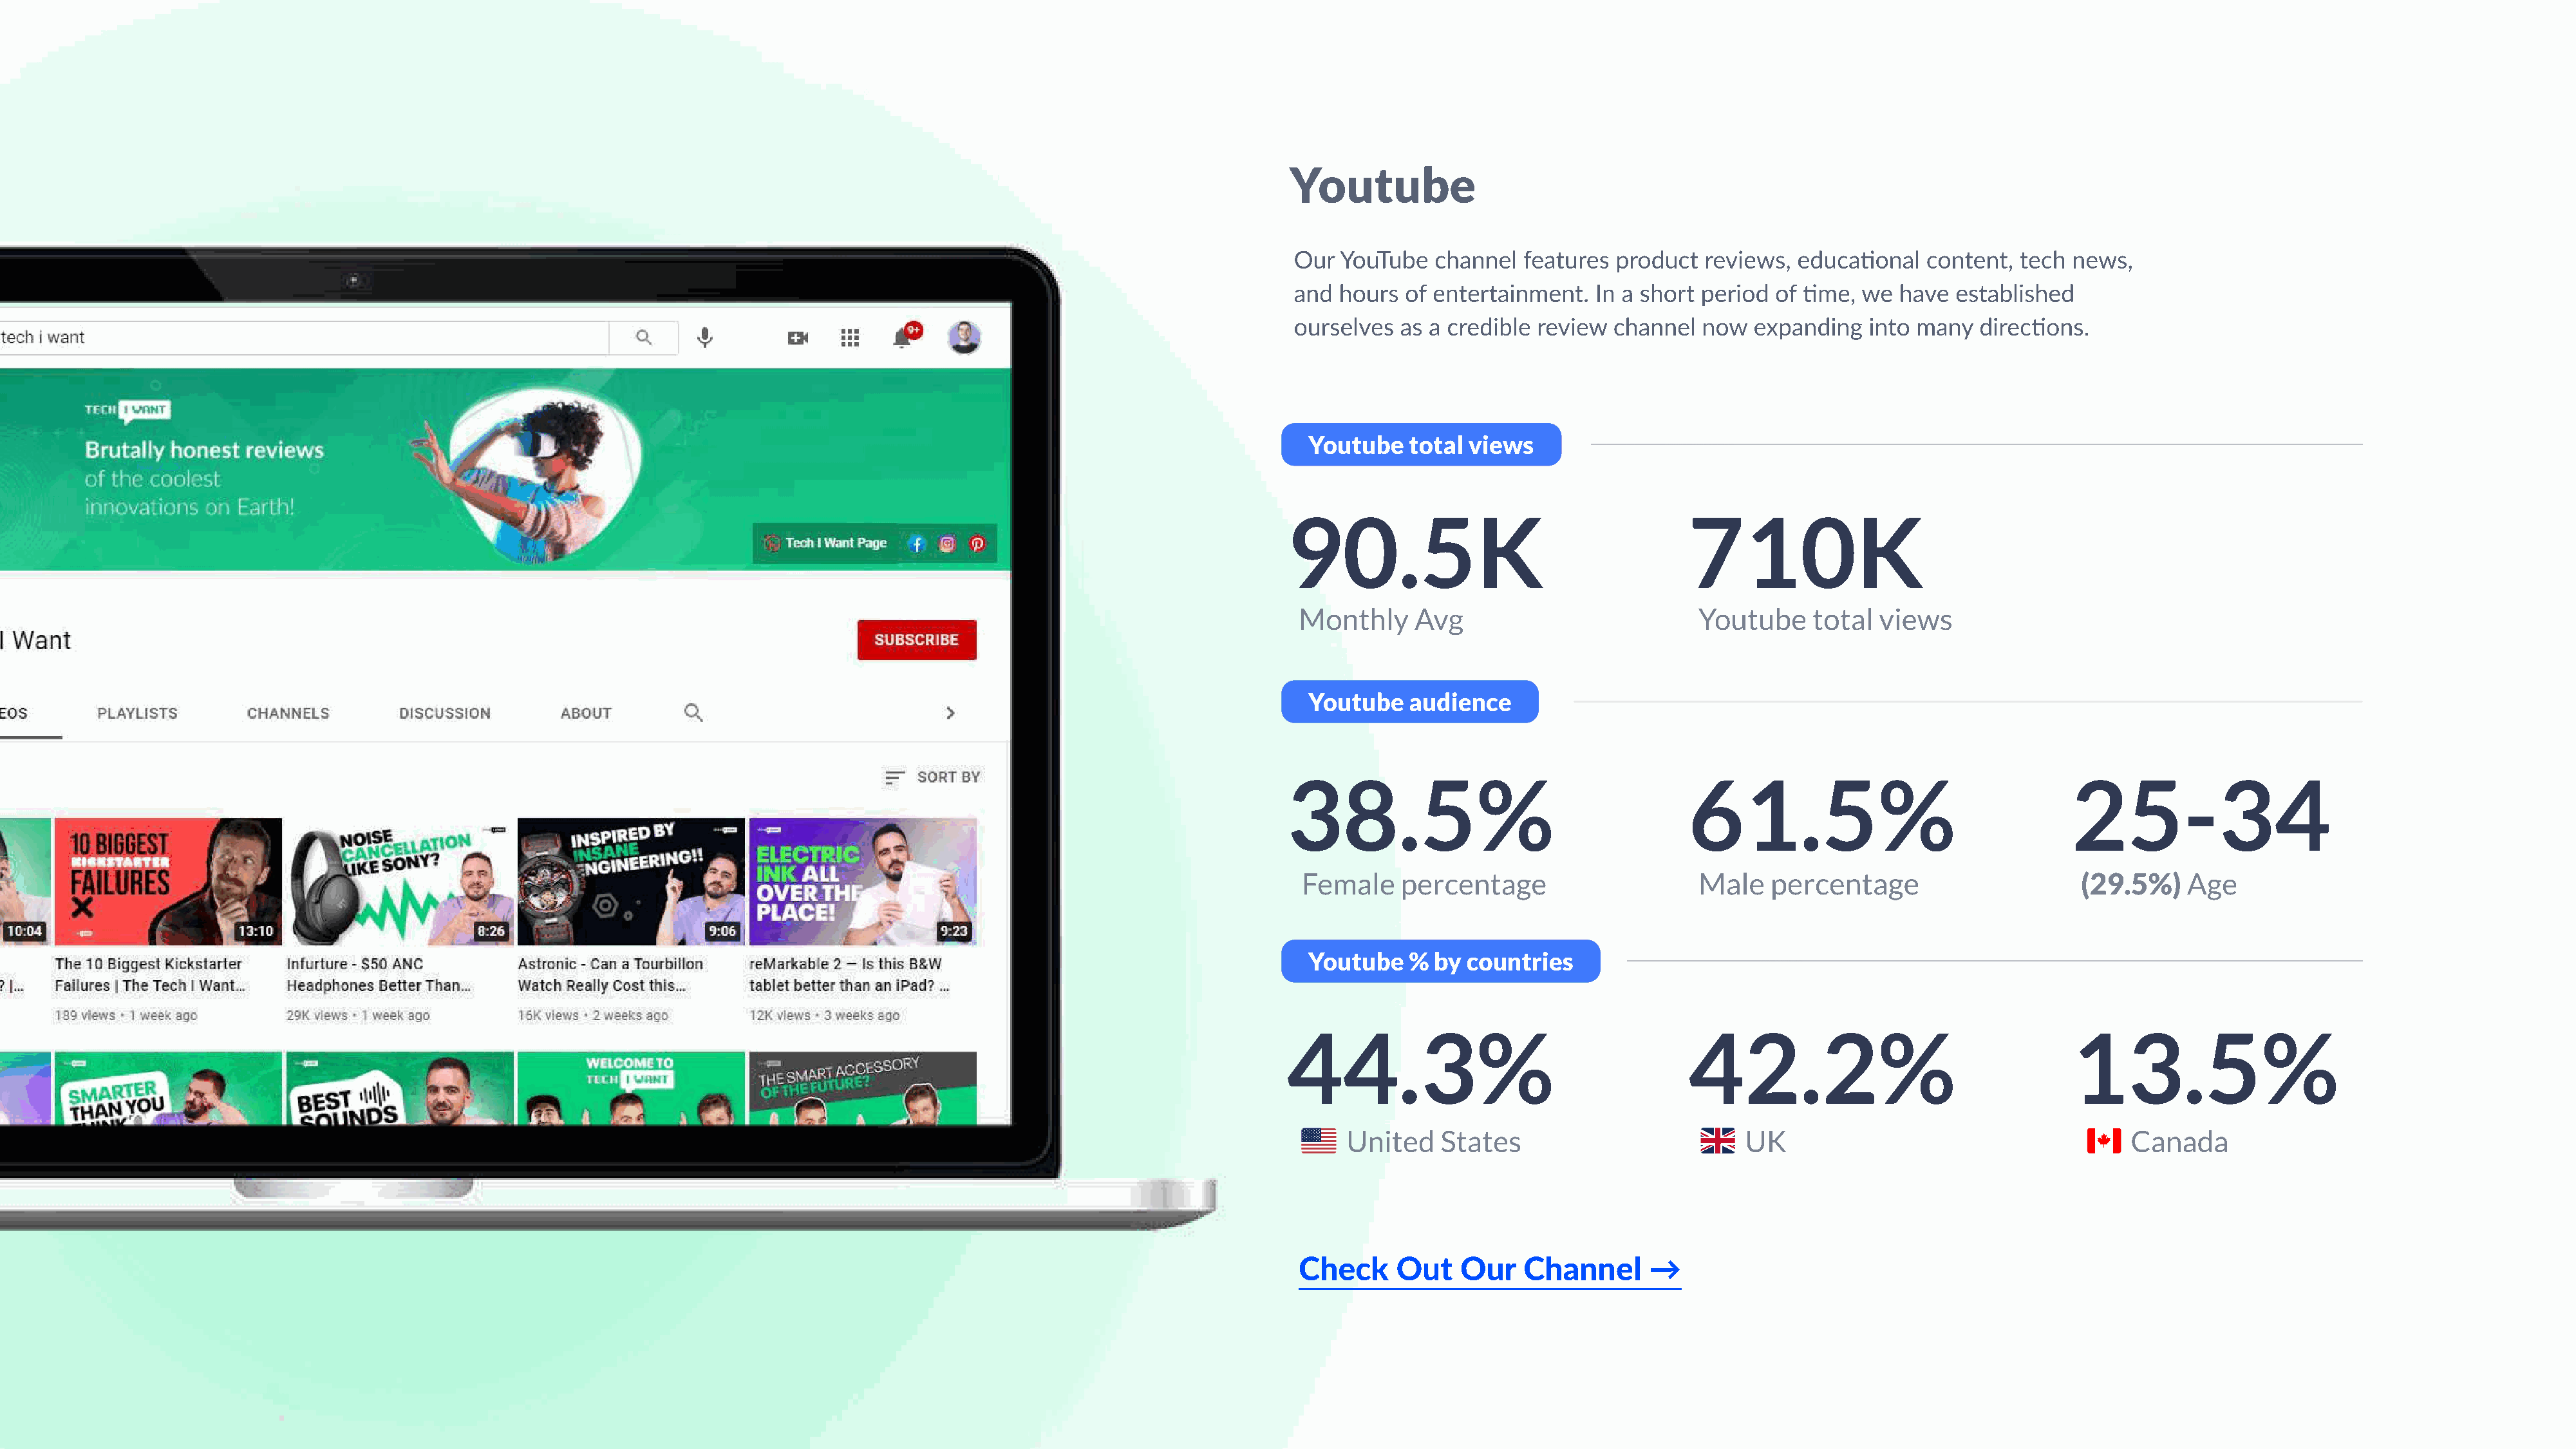
Youtube
 Our  YouTube  channel   features product  reviews,  educational  content,  tech news,
 and  hours of entertainment.   In a short period of time, we  have  established
 ourselves  as a credible review  channel  now  expanding   into many  directions.
 Youtube    total views
 90.5K                                     710K
 monthly    avg                           Youtube    total  views
 Youtube    audience
 38.5%                                     61.5%                                  25-34
 Female    percentage                     Male   percentage                      (29.5%)    Age
 Youtube    % by  countries
 44.3%                                     42.2%                                  13.5%
 United    States                         UK                                      Canada
 Check     out   our    channel      →